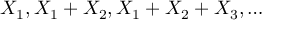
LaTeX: X _ { 1 } , X _ { 1 } + X _ { 2 } , X _ { 1 } + X _ { 2 } + X _ { 3 } , \dots